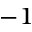
^ { - 1 }